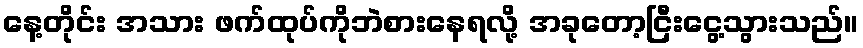
နေ့တိုင်း အသား ဖက်ထုပ်ကိုဘဲစားနေရလို့ အခုတော့ငြီးငွေ့သွားသည်။